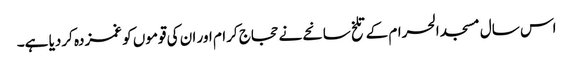
اس سال مسجد الحرام کے تلخ سانحے نے حجاج کرام اور ان کی قوموں کو غمزدہ کردیا ہے۔